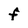
Character: f